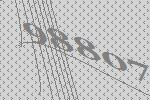
98807